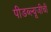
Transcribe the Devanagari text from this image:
पीडब्ल्यूजीची